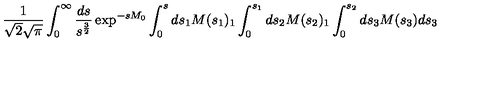
\frac { 1 } { \sqrt { 2 } \sqrt { \pi } } \int _ { 0 } ^ { \infty } \frac { d s } { s ^ { \frac { 3 } { 2 } } } \exp ^ { - s M _ { 0 } } \int _ { 0 } ^ { s } d s _ { 1 } M ( s _ { 1 } ) _ { 1 } \int _ { 0 } ^ { s _ { 1 } } d s _ { 2 } M ( s _ { 2 } ) _ { 1 } \int _ { 0 } ^ { s _ { 2 } } d s _ { 3 } M ( s _ { 3 } ) d s _ { 3 }